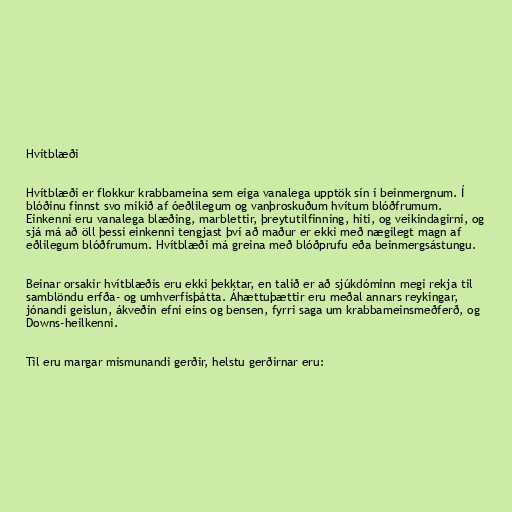
Hvítblæði

Hvítblæði er flokkur krabbameina sem eiga vanalega upptök sín í beinmergnum. Í
blóðinu finnst svo mikið af óeðlilegum og vanþroskuðum hvítum blóðfrumum.
Einkenni eru vanalega blæðing, marblettir, þreytutilfinning, hiti, og veikindagirni, og
sjá má að öll þessi einkenni tengjast því að maður er ekki með nægilegt magn af
eðlilegum blóðfrumum. Hvítblæði má greina með blóðprufu eða beinmergsástungu.

Beinar orsakir hvítblæðis eru ekki þekktar, en talið er að sjúkdóminn megi rekja til
samblöndu erfða- og umhverfisþátta. Áhættuþættir eru meðal annars reykingar,
jónandi geislun, ákveðin efni eins og bensen, fyrri saga um krabbameinsmeðferð, og
Downs-heilkenni.

Til eru margar mismunandi gerðir, helstu gerðirnar eru: